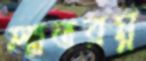
লাাতরম্ন